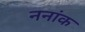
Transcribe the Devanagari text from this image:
ननांक